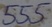
Text: 555